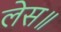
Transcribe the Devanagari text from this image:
लेस॥